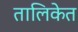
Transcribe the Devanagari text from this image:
तालिकेत